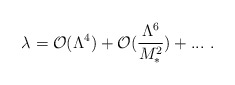
\begin{align*}\lambda = {\cal O}(\Lambda^4) + {\cal O}(\frac{\Lambda^6}{M_{*}^2}) +...~ .\end{align*}